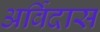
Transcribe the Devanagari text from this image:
अर्विदास